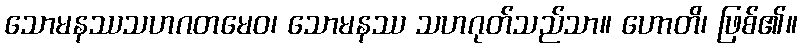
သောမနဿသဟဂတမေဝ၊ သောမနဿ သဟဂုတ်သည်သာ။ ဟောတိ၊ ဖြစ်၏။